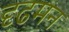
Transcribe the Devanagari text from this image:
दृढमन